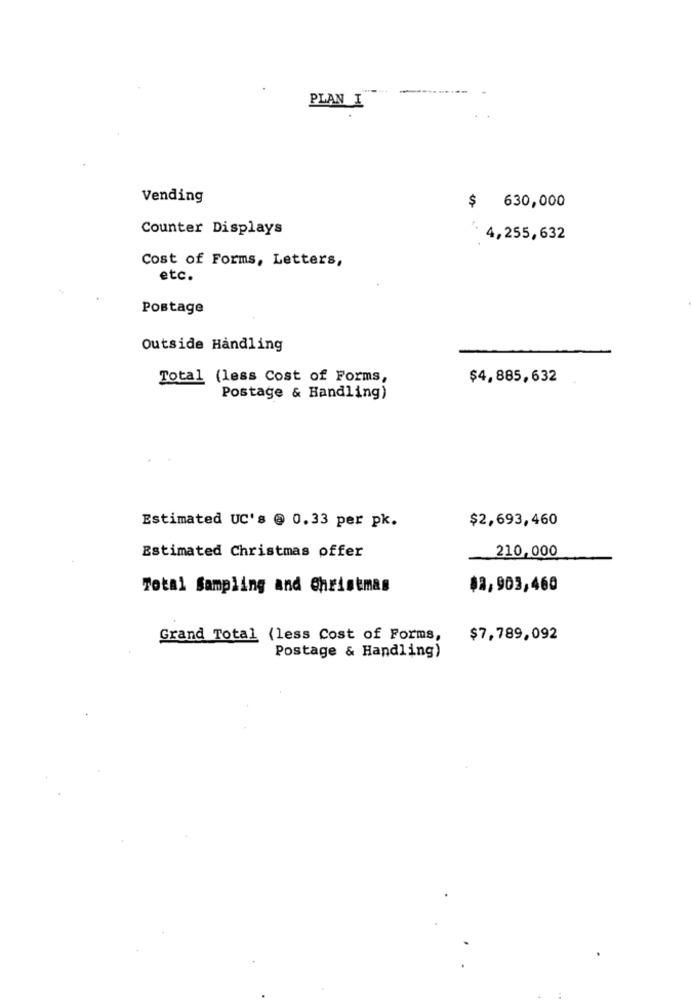
PLAN I
Vending
$ 630,000
Counter Displays
4,255,632
Cost of Forms, Letters,
etc.
Postage
Outside Handling
Total (less Cost of Forms,
$4,885,632
Postage & Handling)
$2,693,460
Estimated UC's @ 0.33 per pk.
Estimated Christmas offer
210,000
Total Sampling and Christmas
$2,903,460
Grand Total (less Cost of Forms,
$7,789,092
Postage & Handling)